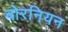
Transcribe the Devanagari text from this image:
बोरनियन